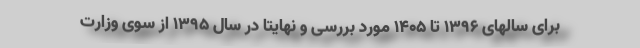
برای سالهای ۱۳۹۶ تا ۱۴۰۵ مورد بررسی و نهایتا در سال ۱۳۹۵ از سوی وزارت